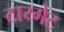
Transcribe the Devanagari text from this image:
टाय्गेट